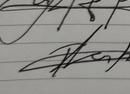
Signature authenticity: genuine